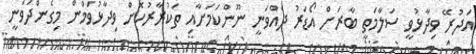
އަދުރޭ ވިދާޅުވީ ސަލާމަތީ ބާރަށް އޯޑަރު ދެއްވަނީ ނޫންކަމަށާއި ތަކުރާރުކޮށް ވިދާޅުވަމުން މިގެންދަވަނީ